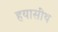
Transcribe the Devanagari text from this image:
हयासींथ